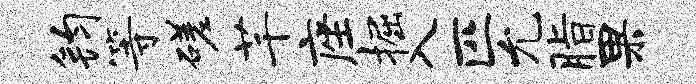
钧等磋芊座掘入匹允脂果